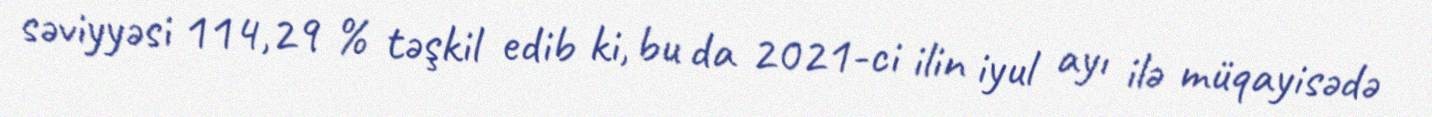
səviyyəsi 114,29 % təşkil edib ki, bu da 2021-ci ilin iyul ayı ilə müqayisədə